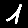
Digit: 1